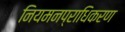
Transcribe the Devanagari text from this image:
नियमनप्राधिकरण